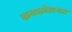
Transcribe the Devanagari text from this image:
कथालेखनात